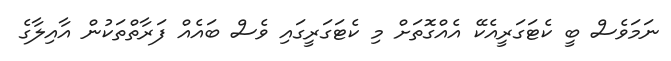
ނަމަވެސް ބީ ކެޓަގަރީއެކޭ އެއްގޮތަށް މި ކެޓަގަރީގައި ވެސް ބައެއް ފަރާތްތަކުން އާއިލާގެ